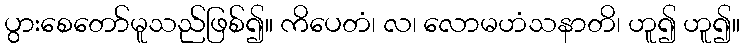
ပွားစေတော်မူသည်ဖြစ်၍။ ကိပေတံ၊ လ၊ လောမဟံသနာတိ၊ ဟူ၍ ဟူ၍။